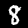
Label: 8